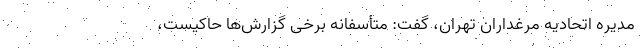
مدیره اتحادیه مرغداران تهران، گفت: متأسفانه برخی گزارش‌ها حاکیست،